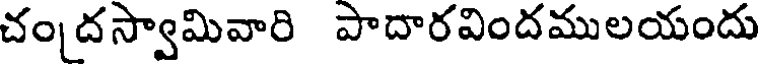
చందస్వామివారి పాదారవిందములయందు